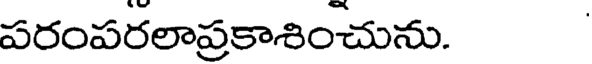
పరంపరలాప్రకాశించును.